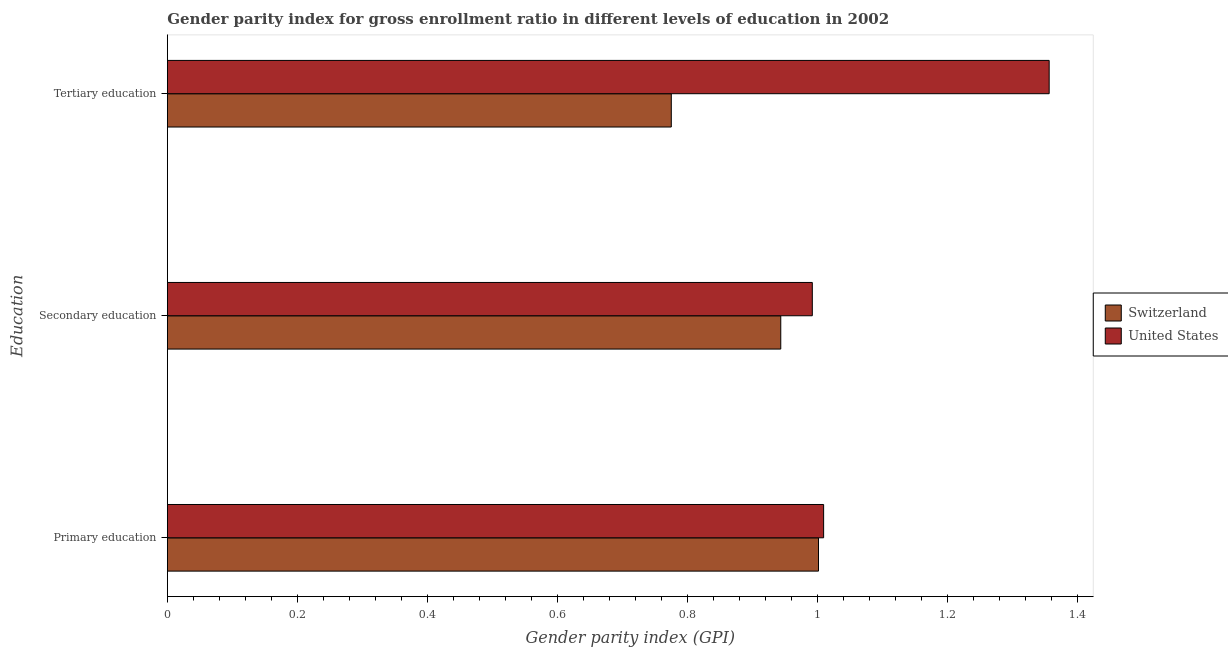
| Education | Switzerland | United States |
 | --- | --- | --- |
 | Primary education | 1 | 1.01 |
 | Secondary education | 0.944 | 0.992 |
 | Tertiary education | 0.775 | 1.36 |